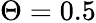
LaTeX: \Theta=0.5